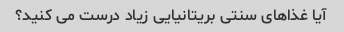
آیا غذاهای سنتی بریتانیایی زیاد درست می کنید؟